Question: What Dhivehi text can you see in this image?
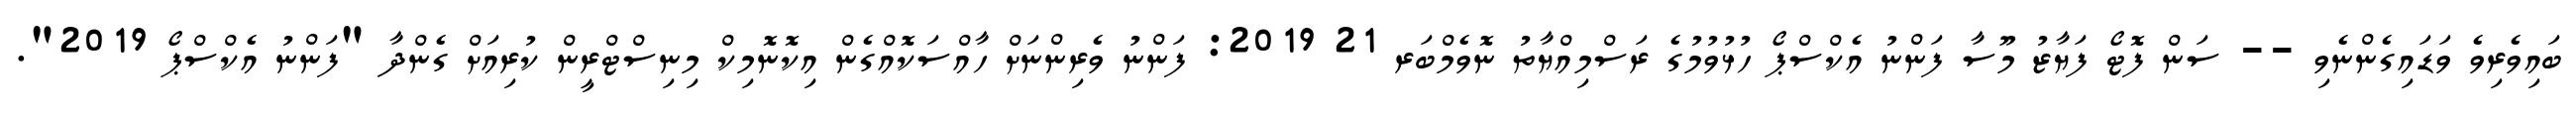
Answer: ބައިވެރިވެ ވަޑައިގެންނެވި -- ސަން ފޮޓޯ ފަޔާޒު މޫސާ ފަންނު އެކްސްޕޯ ހުޅުވުމުގެ ރަސްމިއްޔާތު ނޮވެމްބަރ 21 2019: ފަންނު ވެރިންނަށް ހާއްސަކޮއްގެން އިކޮނޮމިކް މިނިސްޓްރީން ކުރިއަށް ގެންދާ "ފަންނު އެކްސްޕޯ 2019".